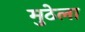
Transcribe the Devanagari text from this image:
मुठेला